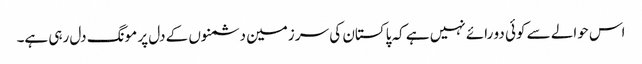
اس حوالے سے کوئی دو رائے نہیں ہے کہ پاکستان کی سر زمین دشمنوں کے دل پر مونگ دل رہی ہے۔